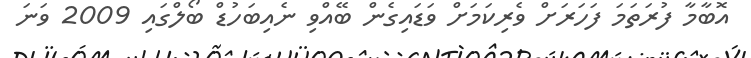
އޮބާމާ ފުރަތަމަ ފަހަރަށް ވެރިކަމަށް ވަޑައިގެން ބޭއްވި ނެއިބަހުޑް ބޯލްގައި 2009 ވަނަ